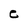
Character: C